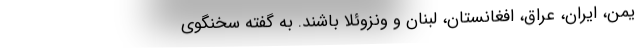
یمن، ایران، عراق، افغانستان، لبنان و ونزوئلا باشند. به گفته سخنگوی